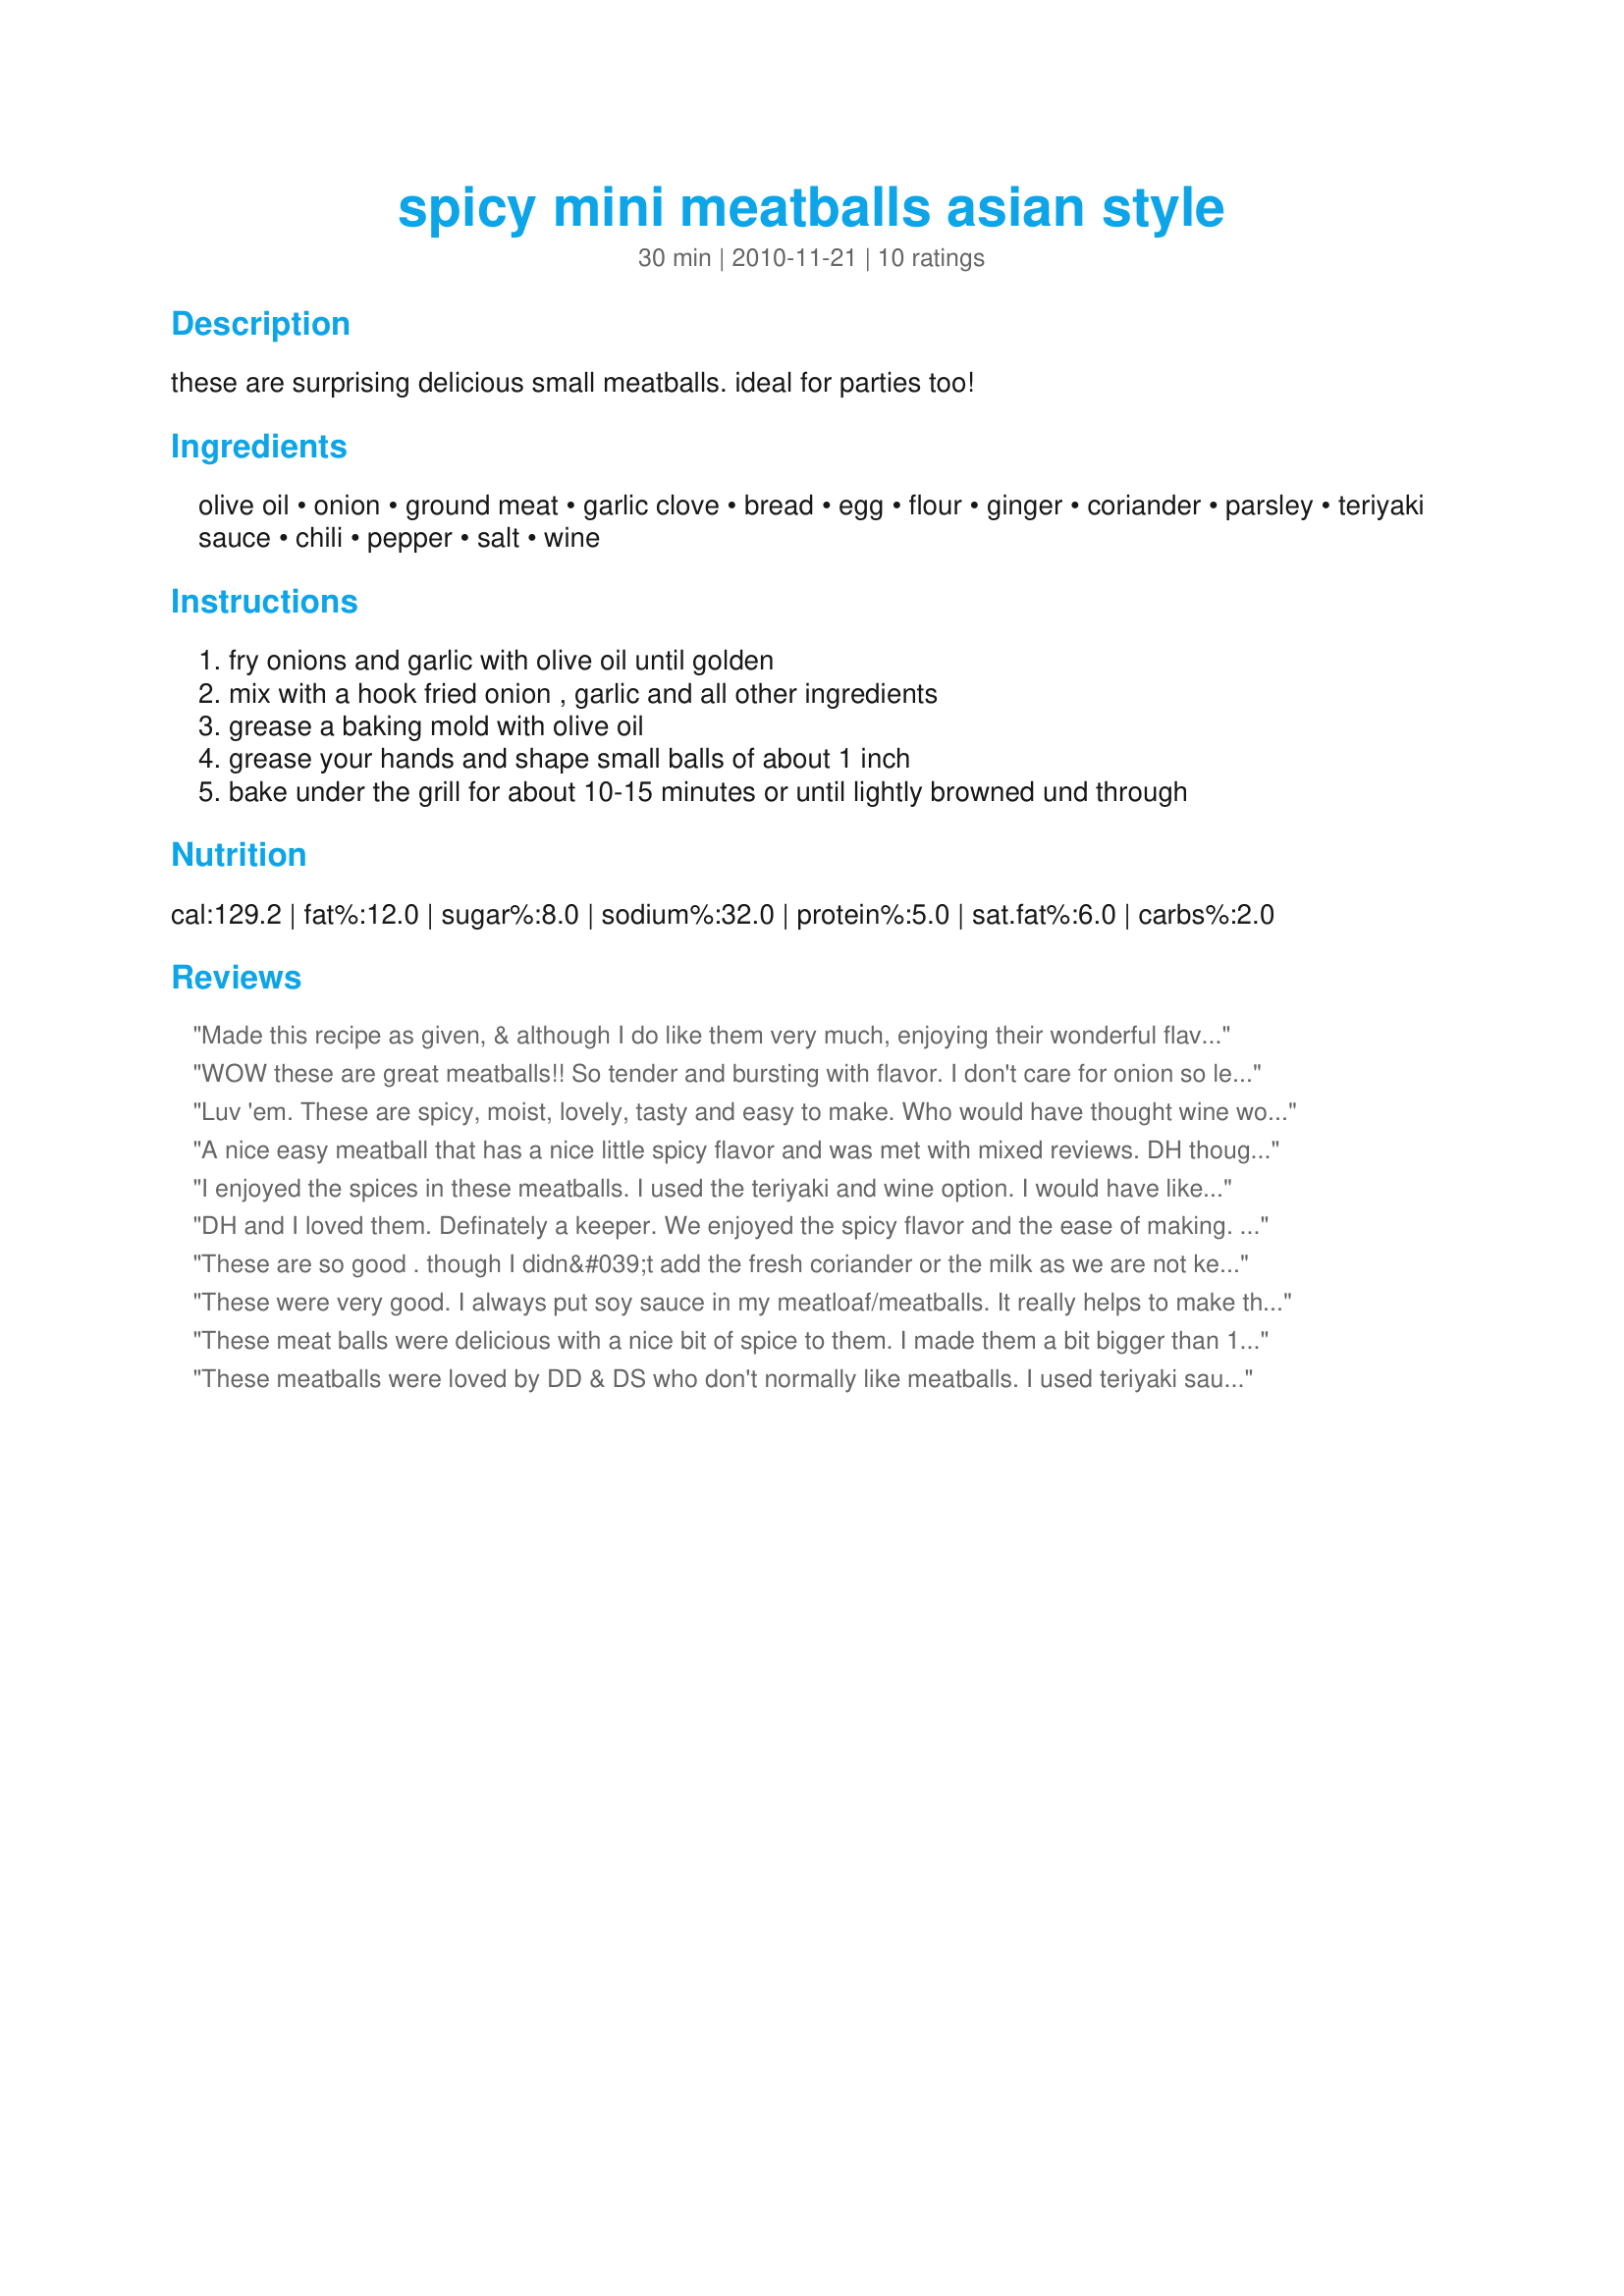
spicy mini meatballs asian style
Preparation time: 30 minutes

these are surprising delicious small meatballs. ideal for parties too!

Ingredients:
olive oil, onion, ground meat, garlic clove, bread, egg, flour, ginger, coriander, parsley, teriyaki sauce, chili, pepper, salt, wine

Steps:
fry onions and garlic with olive oil until golden
mix with a hook fried onion , garlic and all other ingredients
grease a baking mold with olive oil
grease your hands and shape small balls of about 1 inch
bake under the grill for about 10-15 minutes or until lightly browned und through

Reviews:
Made this recipe as given, & although I do like them very much, enjoying their wonderful flavor, I wouldn't mind trying them with ground turkey as did the previous reviewer! This will be included on my small buffet for a few New Year's Eve guests tonight! Thanks for sharing your recipe! [Tagged & made in Please Review My Recipe]
WOW these are great meatballs!! So tender and bursting with flavor. I don't care for onion so left it out. Loved all the fresh herbs and spices, especially all that ginger. I used ground beef and white wine as the liquid. I baked these for 15 minutes at 425 degrees. Fantastic - thanks for sharing a keeper!
Luv 'em. These are spicy, moist, lovely, tasty and easy to make. Who would have thought wine would be great in a meatball. I used venison and since that can be dry was a bit heavy handed on the olive oil. For the chili, I used green powdered. Chose Worcestershire These have a lovely heat and are so moist they don't need sauce or anything else.
A nice easy meatball that has a nice little spicy flavor and was met with mixed reviews. DH thought these were a 5 star while I felt they were a 4 star. Made using ground beef and worchestershire sauce options. Thanks for the post.
I enjoyed the spices in these meatballs. I used the teriyaki and wine option. I would have liked some type of sauce included for the meatballs, but just made one up on my own. Thanks for sharing!
DH and I loved them. Definately a keeper. We enjoyed the spicy flavor and the ease of making. I baked them at 425 degrees for about 15-20 minutes like loof did and they turned out perfect. Made for December Tag Game ~ Una Fiesta De Tapas ~ A Tapas Party.
These are so good . though I didn&#039;t add the fresh coriander or the milk as we are not keen on fresh coriander and the texture seemed fine without adding the milk - I got 23 30 gram meatballs and baked them in the oven at 175C fan forced for 30 minutes turning at the half way point, these would make a fantastic appy served with a sate sauce, thank you awalde made for Aussie/Kiwi Recipe Swap #80 September 2013.
These were very good. I always put soy sauce in my meatloaf/meatballs. It really helps to make them tender and you don't taste it. The coriander and ginger is what really gave these an Asian flair. Would have loved a dipping sauce to go with them. Thanks for sharing the recipe.
These meat balls were delicious with a nice bit of spice to them. I made them a bit bigger than 1 inch because it was 'just for us' for a weeknight dinner. I used ground lean turkey which worked well. I did not have fresh cilantro and I am sure they will be even better with it added.
These meatballs were loved by DD & DS who don't normally like meatballs. I used teriyaki sauce and didn't add the chilis. Made for PRMR.
